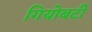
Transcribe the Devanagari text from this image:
गियोबर्टी